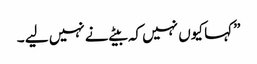
” کہا کیوں نہیں کہ بیٹے نے نہیں لیے ۔